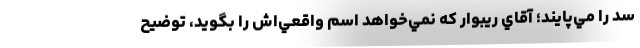
سد را مي‌پايند؛ آقاي ريبوار كه نمي‌خواهد اسم واقعي‌اش را بگويد، توضيح